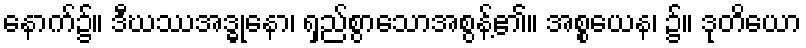
နောက်၌။ ဒီဃဿအဒ္ဓုနော၊ ရှည်စွာသောအစွန့်၏။ အစ္စယေန၊ ၌။ ဒုတိယော